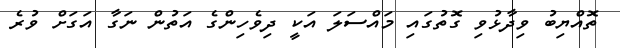
ތޮއްޔިބު ވިދާޅުވި ގޮތުގައި މައްސަލަ އަކީ ދިވެހިންގެ އަތުން ނަގާ އަގަށް ވުރެ